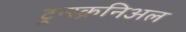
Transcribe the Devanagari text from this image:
ट्रन्स्क्रनिअल